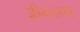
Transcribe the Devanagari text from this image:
जीवनरस